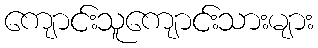
ကျောင်းသူကျောင်းသားများ